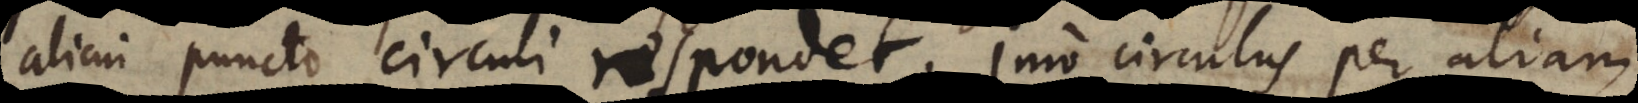
alicui puncto circuli respondet. Imo circulus per aliam